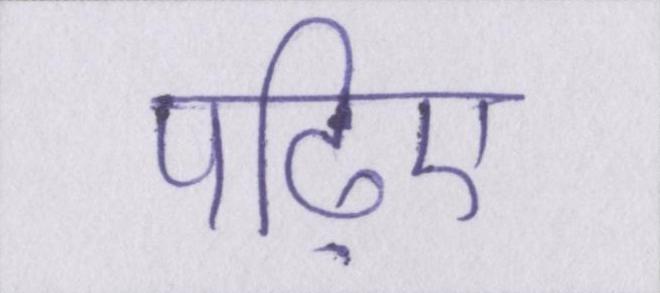
पढ़िए